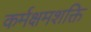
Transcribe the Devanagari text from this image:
कर्मक्षमशक्ति